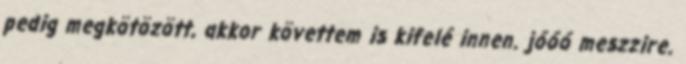
pedig megkötözött, akkor követtem is kifelé innen. jóóó meszzire.